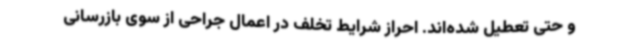
و حتی تعطیل شده‌اند. احراز شرایط تخلف در اعمال جراحی از سوی بازرسانی